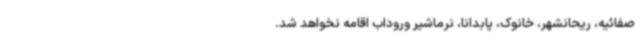
صفائیه، ریحانشهر، خانوک، پابدانا، نرماشیر وروداب اقامه نخواهد شد.